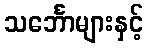
သင်္ဘောများနှင့်